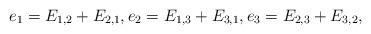
LaTeX: \begin{align*}e_1 = E_{1,2} + E_{2,1}, e_2 = E_{1,3} + E_{3,1}, e_3 = E_{2,3} + E_{3,2},\end{align*}